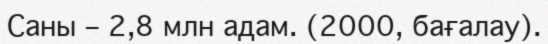
Саны – 2,8 млн адам. (2000, бағалау).